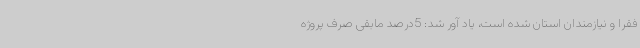
فقرا و نیازمندان استان شده است، یاد آور شد: 5درصد مابقی صرف پروژه